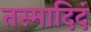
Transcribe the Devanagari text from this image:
तस्मादिदं